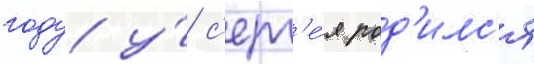
году у́ с'ерг'е́я род'илс'я